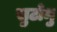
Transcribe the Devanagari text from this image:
सुटोमु